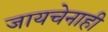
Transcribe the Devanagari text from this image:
जायचेनाही